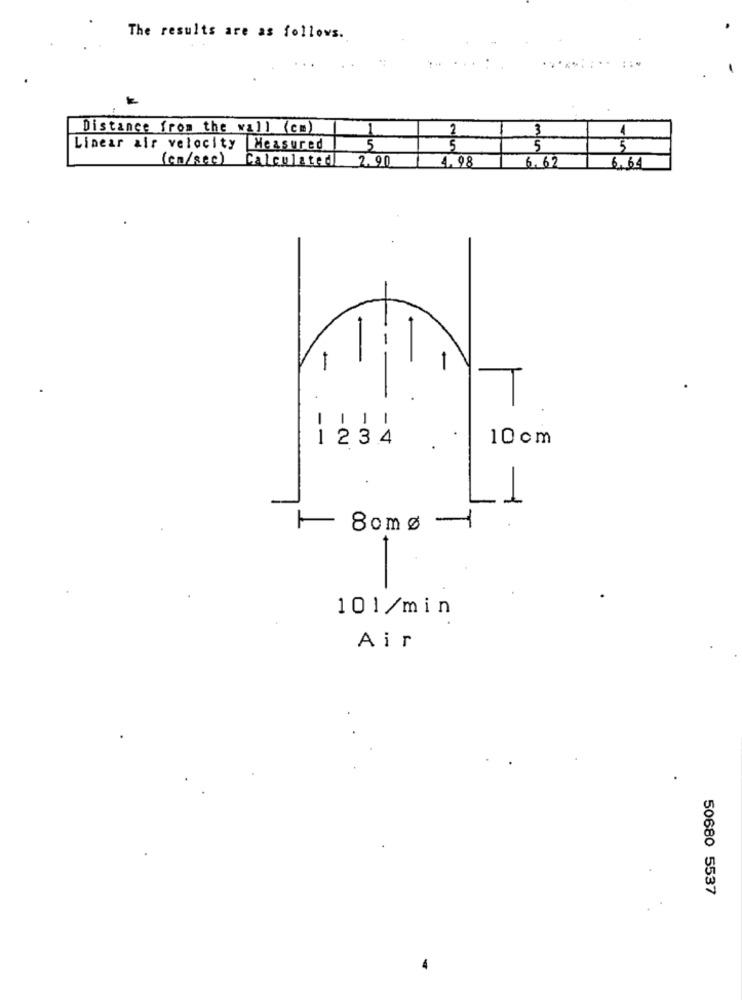
The results are as follows.
Distance from the wall (cm)
3
1
Linear air velocity Measured
5
5
(cn/sec)
4.98
6.62
Calculated 2.90
6,64
-
1
1
1234
10cm
1
80mg -1
101/min
Air
50680 5537